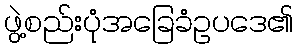
ဖွဲ့စည်းပုံအခြေခံဥပဒေ၏